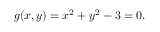
g ( x , y ) = x ^ { 2 } + y ^ { 2 } - 3 = 0 .